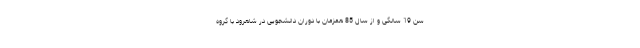
سن 19 سالگی و از سال 85 همزمان با دوران دانشجویی در شاهرود با گروه